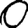
Digit: 0